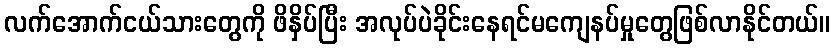
လက်အောက်ငယ်သားတွေကို ဖိနှိပ်ပြီး အလုပ်ပဲခိုင်းနေရင်မကျေနပ်မှုတွေဖြစ်လာနိုင်တယ်။